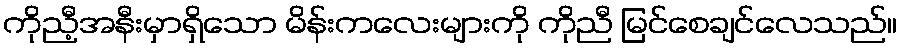
ကိုညီ့အနီးမှာရှိသော မိန်းကလေးများကို ကိုညီ မြင်စေချင်လေသည်။